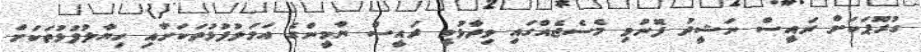
ގުރޫޕަކަށް ރައީސް ނަޝީދު ފޮނުވި މެސެޖެއްގައި ވިދާޅުވީ ރައީސް ޔާމީންގެ އަމަލުފުޅުތަކަށާއި ހިޔާލުފުޅުތަކަށް